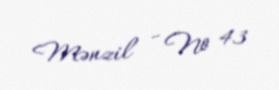
Mənzil - № 43